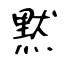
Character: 黙